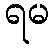
ရမ